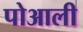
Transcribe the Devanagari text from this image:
पोआली